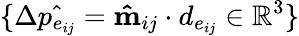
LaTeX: \{ \Delta\hat{p_{e_{ij}}}=\mathbf{\hat{m}}_{ij}\cdot d_{e_{ij}}\in\mathbb{R}^{3}\}